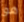
هو